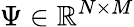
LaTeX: \Psi\in\mathbb{R}^{N\times M}